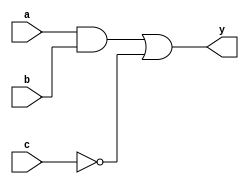
module combinational_logic (
    input wire a,        // Input signal a
    input wire b,        // Input signal b
    input wire c,        // Input signal c
    output reg y        // Output signal y
);

// Always block sensitive to changes in a, b, or c
always @ (a, b, c) begin
    // Blocking assignments for combinational logic
    y = (a & b) | (~c); // Example logic: y is true if a AND b is true OR c is false
end

endmodule